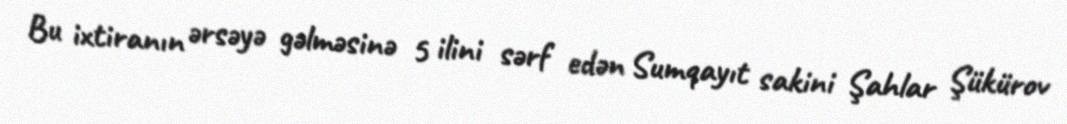
Bu ixtiranın ərsəyə gəlməsinə 5 ilini sərf edən Sumqayıt sakini Şahlar Şükürov